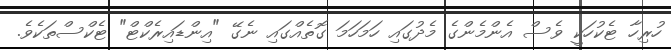
ހުރިހާ ޓެކުހަކީ ވެސް އެންމެންގެ މެދުގައި ހަމަހަމަ ގޮތެއްގައި ނެގޭ "އިންޑައިރެކްޓް" ޓެކްސްތަކެވެ.